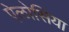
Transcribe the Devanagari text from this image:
ऐलोसिया